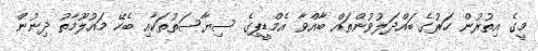
މީގެ އިތުރުން ހަރުގެ ބައްދަލުވުންތައް ބާއްވާ އެމްޑީޕިގެ ސިޔާސަތުތަކާއި ބެހޭ މައުލޫމާތު ދިނުން